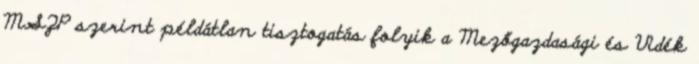
MSZP szerint példátlan tisztogatás folyik a Mezőgazdasági és Vidék